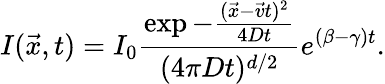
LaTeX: I(\vec{x},t)=I_{0}\frac{\exp{-\frac{(\vec{x}-\vec{v}t)^{2}}{4Dt}}}{(4\pi Dt)^{d/2}}e^{(\beta-\gamma)t}.